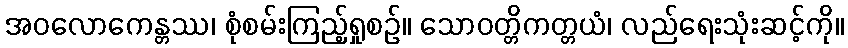
အဝလောကေန္တဿ၊ စုံစမ်းကြည့်ရှုစဉ်။ သောဝတ္တိကတ္တယံ၊ လည်ရေးသုံးဆင့်ကို။